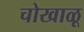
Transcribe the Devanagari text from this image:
चोखाळू